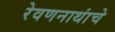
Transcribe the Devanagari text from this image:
रेवणनाथांचे